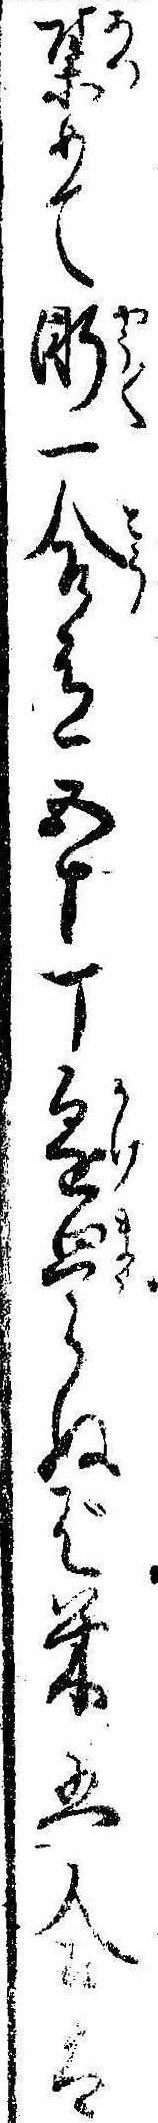
集めて漸一合有五十丁懸廻らねば米五合は